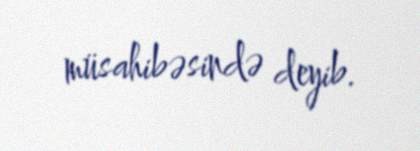
müsahibəsində deyib.